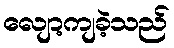
လျော့ကျခဲ့သည်